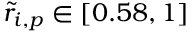
\tilde { r } _ { i , p } \in [ 0 . 5 8 , 1 ]